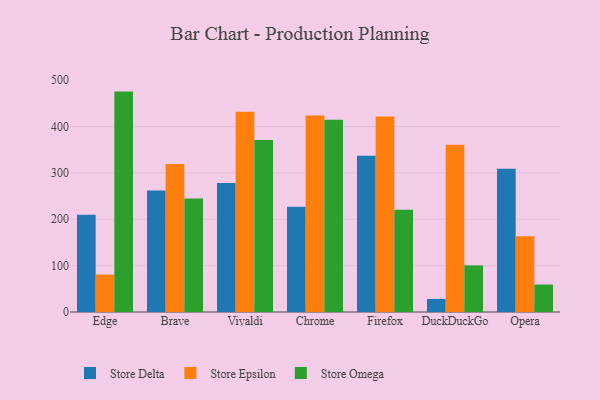
{"axis": {"x": "Browser", "y": "Bounce Rate (%)"}, "legend": ["Store Delta", "Store Epsilon", "Store Omega"], "data": [{"x": "Edge", "y": 209.9, "type": "Store Delta"}, {"x": "Edge", "y": 80.7, "type": "Store Epsilon"}, {"x": "Edge", "y": 475.4, "type": "Store Omega"}, {"x": "Brave", "y": 261.9, "type": "Store Delta"}, {"x": "Brave", "y": 319.4, "type": "Store Epsilon"}, {"x": "Brave", "y": 244.6, "type": "Store Omega"}, {"x": "Vivaldi", "y": 278.1, "type": "Store Delta"}, {"x": "Vivaldi", "y": 431.8, "type": "Store Epsilon"}, {"x": "Vivaldi", "y": 371.1, "type": "Store Omega"}, {"x": "Chrome", "y": 227.1, "type": "Store Delta"}, {"x": "Chrome", "y": 424.1, "type": "Store Epsilon"}, {"x": "Chrome", "y": 414.8, "type": "Store Omega"}, {"x": "Firefox", "y": 336.9, "type": "Store Delta"}, {"x": "Firefox", "y": 421.6, "type": "Store Epsilon"}, {"x": "Firefox", "y": 220.8, "type": "Store Omega"}, {"x": "DuckDuckGo", "y": 28.0, "type": "Store Delta"}, {"x": "DuckDuckGo", "y": 360.6, "type": "Store Epsilon"}, {"x": "DuckDuckGo", "y": 100.5, "type": "Store Omega"}, {"x": "Opera", "y": 309.0, "type": "Store Delta"}, {"x": "Opera", "y": 163.6, "type": "Store Epsilon"}, {"x": "Opera", "y": 59.3, "type": "Store Omega"}]}